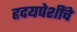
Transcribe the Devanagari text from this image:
हृदयपेशींचे